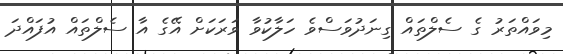
މިވައްތަރު ގެ ސެލްތައް ގިނަދުވަސްވެ ހަލާކުވާ ވަރަކަށް އޭގެ އާ ސެލްތައް އުފައްދަ